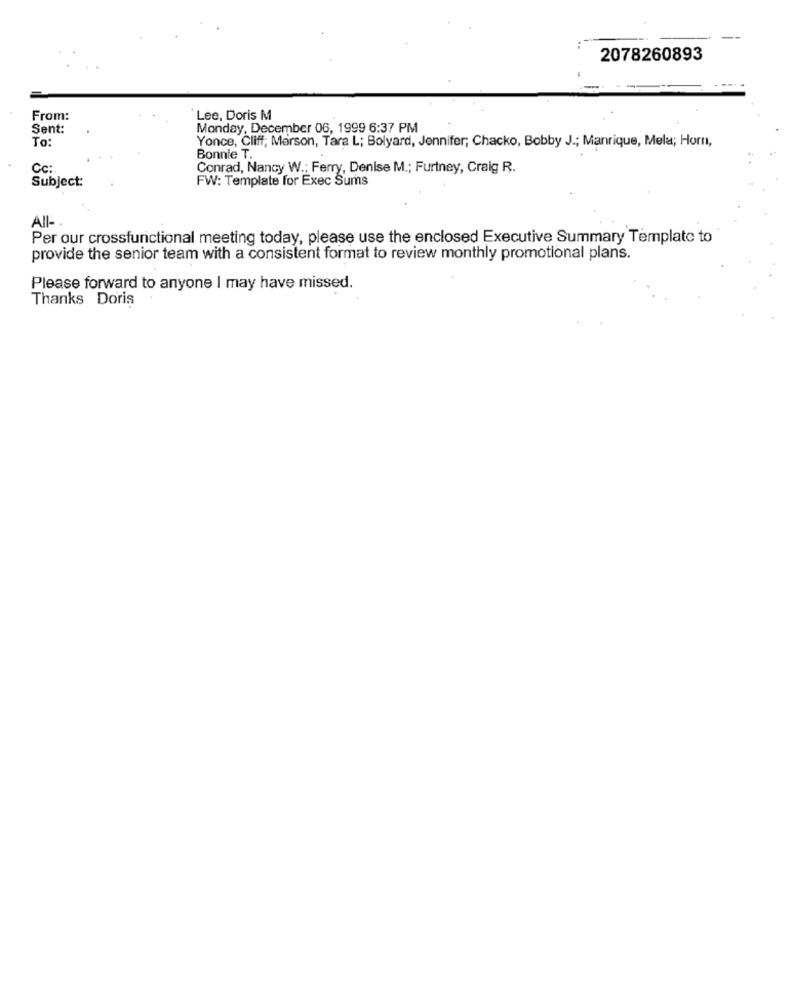
2078260893
From:
Lee, Doris M
Sent:
Monday, December 06, 1999 6:37 PM
To:
Yonce, Cliff; Merson, Tara L; Bolyard, Jennifer; Chacko, Bobby J .; Manrique, Mela; Horn,
Bonnie T.
Cc:
Conrad, Nancy W .; Ferry, Denise M .; Furtney, Craig R.
Subject:
FW: Template for Exec Sums
All-
Per our crossfurictional meeting today, please use the enclosed Executive Summary Template to
provide the senior team with a consistent format to review monthly promotional plans.
Please forward to anyone I may have missed.
Thanks Doris